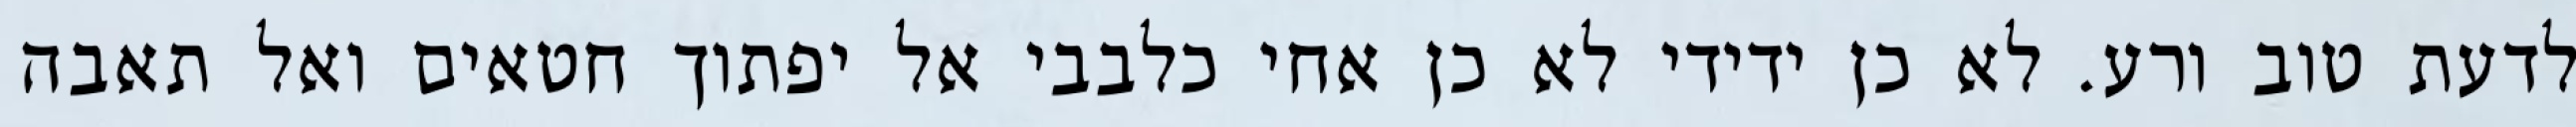
לדעת טוב ורע. לא כן ידידי לא כן אחי כלבבי אל יפתוך חטאים ואל תאבה